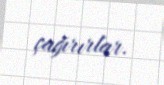
çağırırlar.